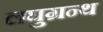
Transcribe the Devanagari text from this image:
लघुग्रन्थ